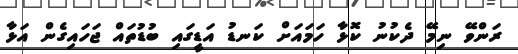
ރަންވޭ ނިމޭ ދެކުނު ކޮޅާ ހަމައަށް ކަނޑު އަޑީގައި ބުޑުތައް ޖަހައިގެން އަޅާ